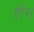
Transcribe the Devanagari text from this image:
शैंग